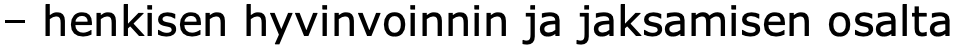
– henkisen hyvinvoinnin ja jaksamisen osalta